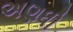
અણધી